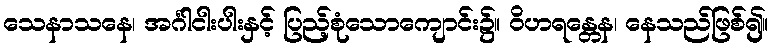
သေနာသနေ၊ အင်္ဂါငါးပါးနှင့် ပြည့်စုံသောကျောင်း၌။ ဝိဟရန္တေန၊ နေသည်ဖြစ်၍။